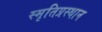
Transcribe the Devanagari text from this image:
स्मृतिप्रस्थान